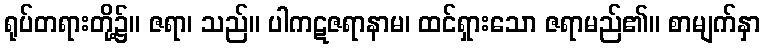
ရုပ်တရားတို့၌။ ဇရာ၊ သည်။ ပါကဋဇရာနာမ၊ ထင်ရှားသော ဇရာမည်၏။ စာမျက်နှာ